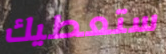
ستعطيك